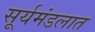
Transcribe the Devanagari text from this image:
सूर्यमंडलात